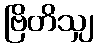
ဗြိတိသျှ